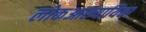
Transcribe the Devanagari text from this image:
लोकआख्यायिका